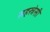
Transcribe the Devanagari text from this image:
सहस्त्रेसी